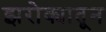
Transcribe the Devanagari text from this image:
झरोक्यातून